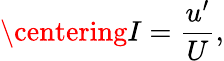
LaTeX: \centering I=\frac{u^{\prime}}{U},